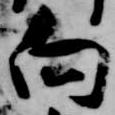
向